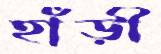
হাঁড়ী